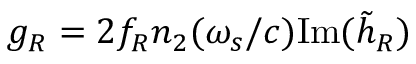
g _ { R } = 2 f _ { R } n _ { 2 } ( \omega _ { s } / c ) \mathrm { I m } ( \tilde { h } _ { R } )